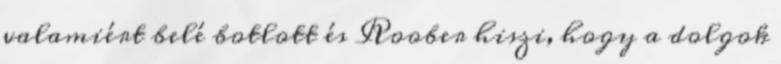
valamiért belé botlott és Roober hiszi, hogy a dolgok